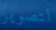
لتصوير